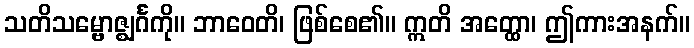
သတိသမ္ဗောဇ္ဈင်္ဂကို။ ဘာဝေတိ၊ ဖြစ်စေ၏။ ဣတိ အတ္ထော၊ ဤကားအနက်။